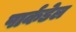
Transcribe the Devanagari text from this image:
पार्कडेल